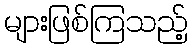
များဖြစ်ကြသည့်